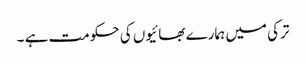
ترکی میں ہمارے بھائیوں کی حکومت ہے ۔